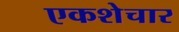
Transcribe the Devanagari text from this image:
एकशेचार